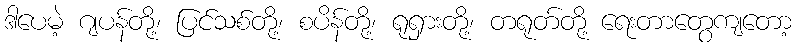
ဒါပေမဲ့ ဂျပန်တို့၊ ပြင်သစ်တို့၊ စပိန်တို့၊ ရုရှားတို့၊ တရုတ်တို့ ရေးတာတွေကျတော့